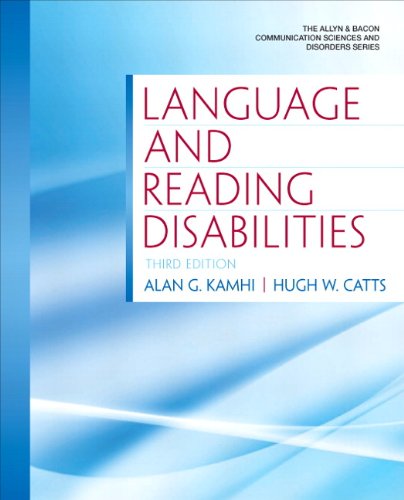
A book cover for Language and Reading Disabilities (3rd Edition) (Allyn & Bacon Communication Sciences and Disorders); Alan G. Kamhi; Medical Books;